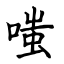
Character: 嗤